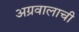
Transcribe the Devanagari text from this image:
अग्रवालाची